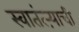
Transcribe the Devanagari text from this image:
स्वातंत्ऱ्याची